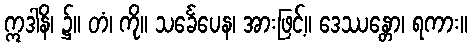
ဣဒါနိ၊ ၌။ တံ၊ ကို။ သင်္ခေပေန၊ အားဖြင့်။ ဒေဿန္တော၊ ရကား။